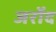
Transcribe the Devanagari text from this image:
जर्रोद